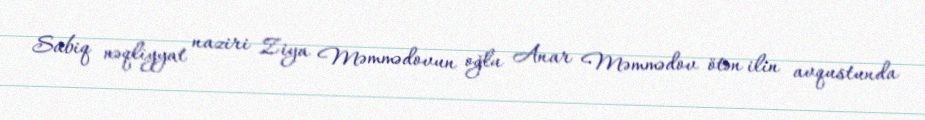
Sabiq nəqliyyat naziri Ziya Məmmədovun oğlu Anar Məmmədov ötən ilin avqustunda